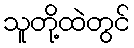
သူတို့ထဲတွင်